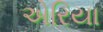
એરિયા